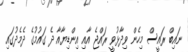
ނައިބް ރައީސް މިހެން ވިދާޅުވީ ރައްޖެ އާއި އިންޑިޔާއާ ދެ ގައުމުގެ ދެމެދުގައި